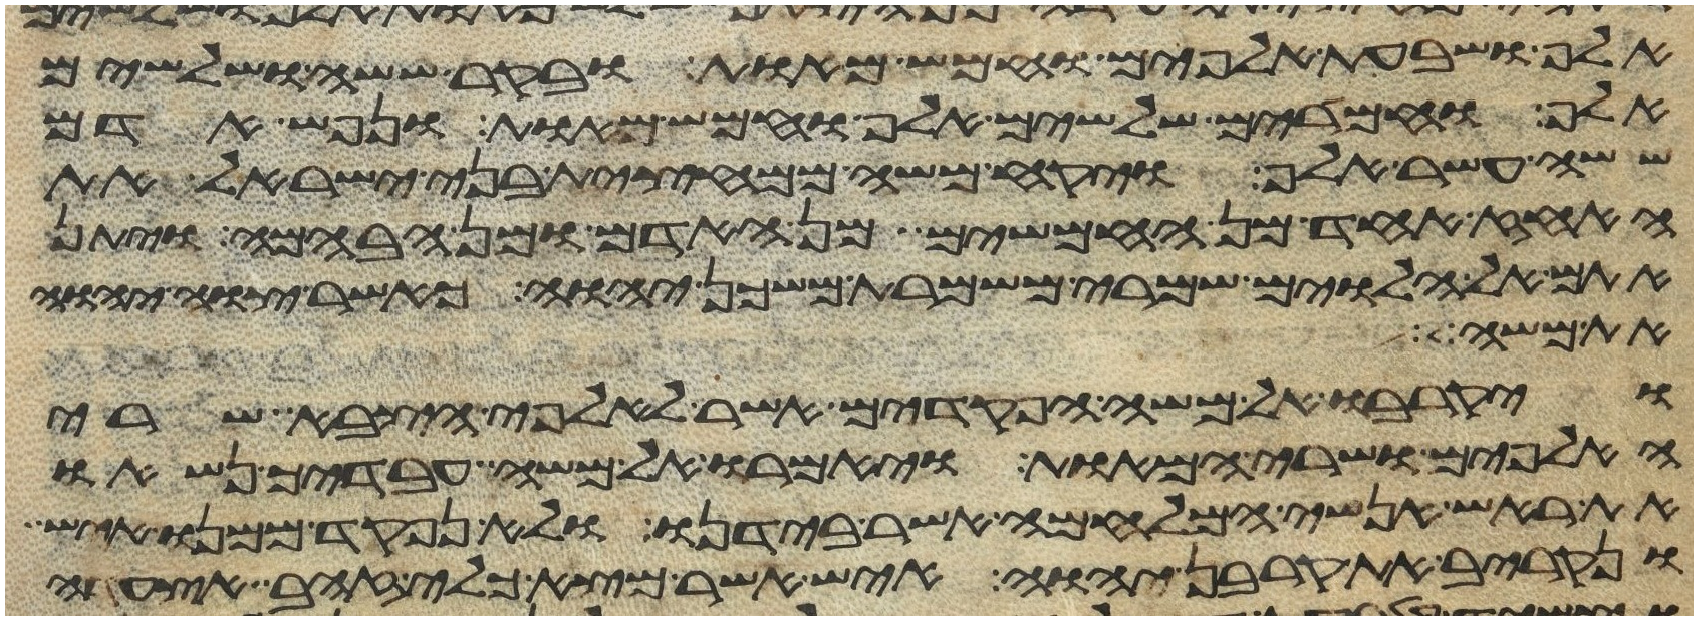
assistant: אלף ושבעת אלפים וחמש מאות ובקר ששה ושלשים
אלף וחמרים שלשים אלף וחמש מאות ונפש אדם
ששה עשר אלף ויקח משה ממחצית בני ישראל את
האחז אחד מן החמשים מן האדם ומן הבהמה ויתן
אתם אל הלוים שמרי משמרת משכן יהוה כאשר צוה יהוה
את משה
ויקרבו אל משה הפקדים אשר לאלפי הצבא שרי
האלפים ושרי המאות ויאמרו אל משה עבדיך נשאו
את ראש אנשי המלחמה אשר בידנו ולא נפקד ממנו איש
ונקריב את קרבן יהוה איש אשר מצא כלי זהב אצעדה